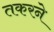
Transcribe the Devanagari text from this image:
तकरने